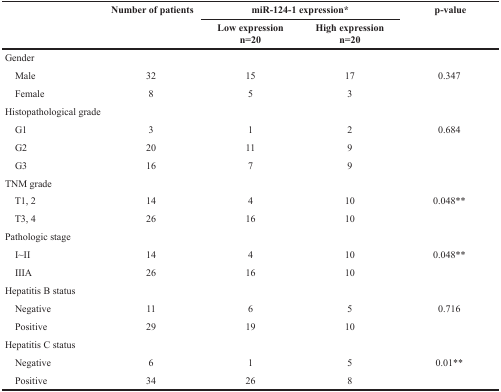
<table><thead><tr><td rowspan="2"></td><td rowspan="2"><b>Number of patients</b></td><td colspan="2"><b>miR-124-1 expression*</b></td><td rowspan="2"><b>p-value</b></td></tr><tr><td><b>Low expressionn=20</b></td><td><b>High expressionn=20</b></td></tr></thead><tbody><tr><td colspan="5">Gender</td></tr><tr><td> Male</td><td>32</td><td>15</td><td>17</td><td>0.347</td></tr><tr><td> Female</td><td>8</td><td>5</td><td>3</td><td></td></tr><tr><td colspan="5">Histopathological grade</td></tr><tr><td> G1</td><td>3</td><td>1</td><td>2</td><td>0.684</td></tr><tr><td> G2</td><td>20</td><td>11</td><td>9</td><td></td></tr><tr><td> G3</td><td>16</td><td>7</td><td>9</td><td></td></tr><tr><td colspan="5">TNM grade</td></tr><tr><td> T1, 2</td><td>14</td><td>4</td><td>10</td><td>0.048**</td></tr><tr><td> T3, 4</td><td>26</td><td>16</td><td>10</td><td></td></tr><tr><td colspan="5">Pathologic stage</td></tr><tr><td> I~II</td><td>14</td><td>4</td><td>10</td><td>0.048**</td></tr><tr><td> IIIA</td><td>26</td><td>16</td><td>10</td><td></td></tr><tr><td colspan="5">Hepatitis B status</td></tr><tr><td> Negative</td><td>11</td><td>6</td><td>5</td><td>0.716</td></tr><tr><td> Positive</td><td>29</td><td>19</td><td>10</td><td></td></tr><tr><td colspan="5">Hepatitis C status</td></tr><tr><td> Negative</td><td>6</td><td>1</td><td>5</td><td>0.01**</td></tr><tr><td> Positive</td><td>34</td><td>26</td><td>8</td><td></td></tr></tbody></table>